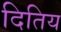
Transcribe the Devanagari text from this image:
दितिय